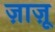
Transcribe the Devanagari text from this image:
ज़ाज़ू